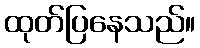
ထုတ်ပြနေသည်။